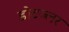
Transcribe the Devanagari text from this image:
डोटज्लर